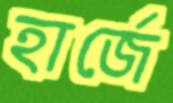
হার্জে